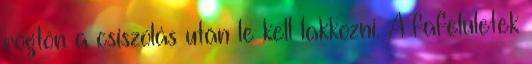
rögtön a csiszolás után le kell lakkozni. A fafelületek